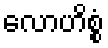
လောဟိစ္စံ